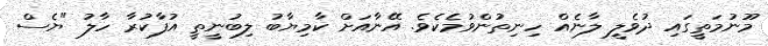
މޫނުމަތީގައި ދުވެލީ ލާނެއް ހިނިތުންވުމެކެވެ. އޭނާއަށް ކާމިޔާބު ލިބުނީތީ އުފާކުރާ ހާލު "ޔެސް